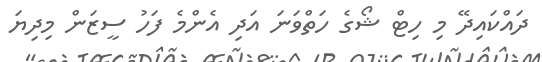
ދައްކައިދޭ މި ހިޓް ޝޯގެ ހަތްވަނަ އަދި އެންމެ ފަހު ސީޒަން މިދިޔަ